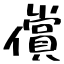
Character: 償